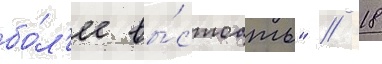
бо́л'ее вы́стоать" // 18